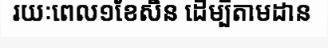
រយៈពេល១ខែសិន ដើម្បីតាមដាន